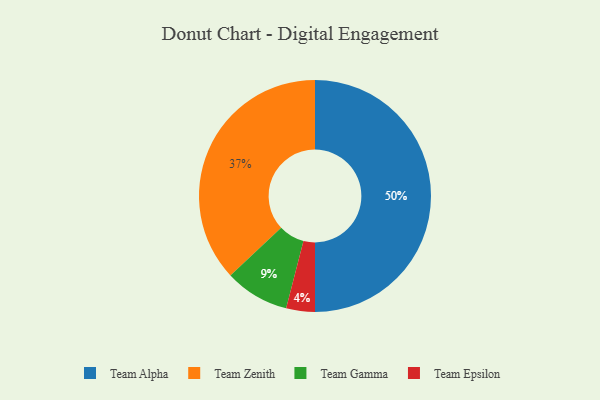
{"axis": {"x": "Category", "y": "Percentage"}, "legend": ["Team Alpha", "Team Epsilon", "Team Gamma", "Team Zenith"], "data": [{"x": "Team Alpha", "y": 50, "type": "Team Alpha"}, {"x": "Team Gamma", "y": 9, "type": "Team Gamma"}, {"x": "Team Epsilon", "y": 4, "type": "Team Epsilon"}, {"x": "Team Zenith", "y": 37, "type": "Team Zenith"}]}